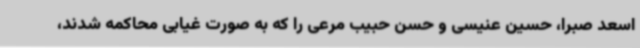
اسعد صبرا، حسین عنیسی و حسن حبیب مرعی را که به صورت غیابی محاکمه شدند،